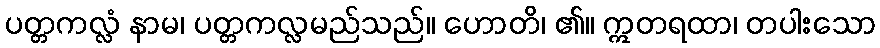
ပတ္တကလ္လံ နာမ၊ ပတ္တကလ္လမည်သည်။ ဟောတိ၊ ၏။ ဣတရထာ၊ တပါးသော